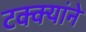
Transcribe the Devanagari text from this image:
टक्क्यांने